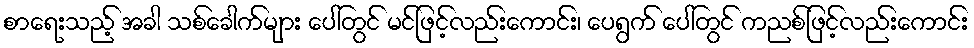
စာရေးသည့် အခါ သစ်ခေါက်များ ပေါ်တွင် မင်ဖြင့်လည်းကောင်း၊ ပေရွက် ပေါ်တွင် ကညစ်ဖြင့်လည်းကောင်း